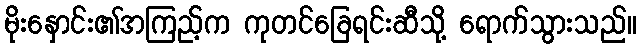
မိုးနှောင်း၏အကြည့်က ကုတင်ခြေရင်းဆီသို့ ရောက်သွားသည်။